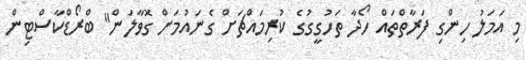
މި އަމަލު ހިންގި ފަރާތްތައް ހޯދާ ތަހުގީގުގެ ކުރިމައްޗަށް ގެނައުމަށް ގޮވާލަން" ބްރޯޑްކާސްޓިން